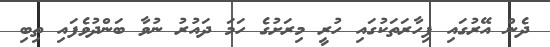
ދެން އޭރުގައި ފިހާރަތަކުގައި ހުރީ މިރަށުގެ ހަމަ ދައުރު ނުވާ ބަންދުވެފައި ތިބި